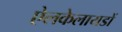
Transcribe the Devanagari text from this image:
ऐलकेलायडों